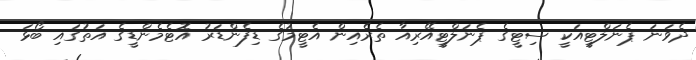
ދެވަނަ ޕެނަލްޓީއަކީ ސިޓީގެ ޕެނަލްޓީއޭރިއާ ތެރެއިން އެޓީމުގެ ޑިފެންޑަރު އޮޓެމެންޑީގެ އަތުގައި ބޯޅަ